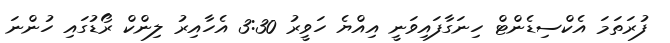
ފުރަތަމަ އެކްސިޑެންޓް ހިނަގާފައިވަނީ އިއްޔެ ހަވީރު 3:30 އެހާއިރު ލިންކް ރޯޑުގައި ހުންނަ